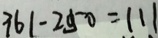
3 6 1 - 2 5 0 = 1 1 1